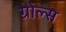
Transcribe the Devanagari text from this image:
ग्रोल्स